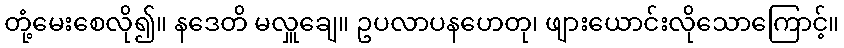
တုံ့မေးစေလို၍။ နဒေတိ မလှူချေ။ ဥပလာပနဟေတု၊ ဖျားယောင်းလိုသောကြောင့်။